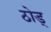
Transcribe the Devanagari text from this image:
ठोड्